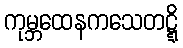
ကုမ္ဘထေနကသေတဋ္ဋိ